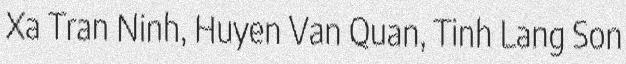
Xa Tran Ninh, Huyen Van Quan, Tinh Lang Son